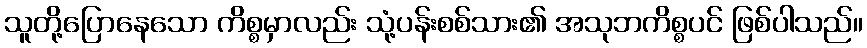
သူတို့ပြောနေသော ကိစ္စမှာလည်း သုံ့ပန်းစစ်သား၏ အသုဘကိစ္စပင် ဖြစ်ပါသည်။